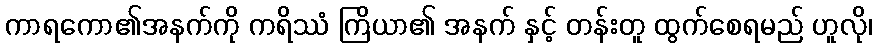
ကာရကော၏အနက်ကို ကရိဿံ ကြိယာ၏ အနက် နှင့် တန်းတူ ထွက်စေရမည် ဟူလို၊